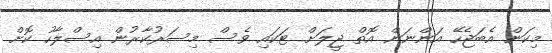
މިކަން އެބަޖެހޭ އަންނަން އޮތް ޖީލަށް ޓަކައި ވެސް މިސަރުކާރުން އިސްލާހު ކޮށް